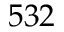
5 3 2